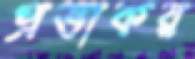
প্রভাকর